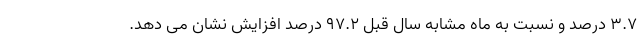
۳.۷ درصد و نسبت به ماه مشابه سال قبل ۹۷.۲ درصد افزایش نشان می دهد.